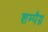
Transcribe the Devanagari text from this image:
शम्पैग्न